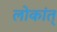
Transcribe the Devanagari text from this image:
लोकांत्‌